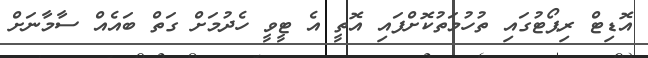
އޮޑިޓް ރިޕޯޓުގައި ތުހުމަތުކޮށްފައި އޮތީ އެ ޓީވީ ހެދުމަށް ގަތް ބައެއް ސާމާނަށް